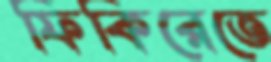
ফিকিরেতে